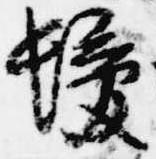
髪